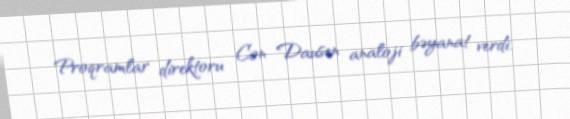
Proqramlar direktoru Con Dausen analoji bəyanat verdi.